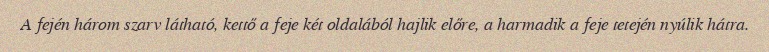
A fején három szarv látható, kettő a feje két oldalából hajlik előre, a harmadik a feje tetején nyúlik hátra.